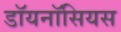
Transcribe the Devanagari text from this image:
डॉयनॉसियस